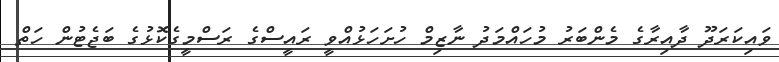
ވައިކަރަދޫ ދާއިރާގެ މެންބަރު މުހައްމަދު ނާޒިމް ހުށަހަޅުއްވީ ރައީސްގެ ރަސްމީގެކޮޅުގެ ބަޖެޓުން ހަތް